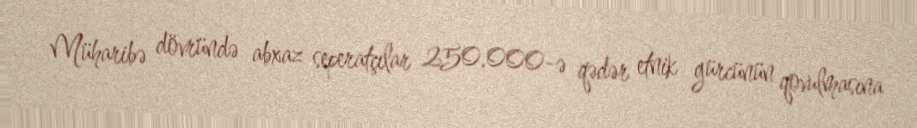
Müharibə dövründə abxaz seperatçılar 250.000-ə qədər etnik gürcünün qovulmasına